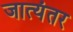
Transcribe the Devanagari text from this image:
जात्यंतर